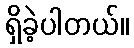
ရှိခဲ့ပါတယ်။